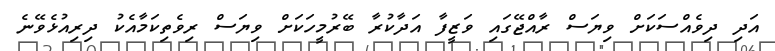
އަދި ދިވެއްސަކަށް ވިޔަސް ރާއްޖޭގައި ވަޒީފާ އަދާކުރާ ބޭރުމީހަކަށް ވިޔަސް ރިވެތިކަމާއެކު ދިރިއުޅެވޭނެ